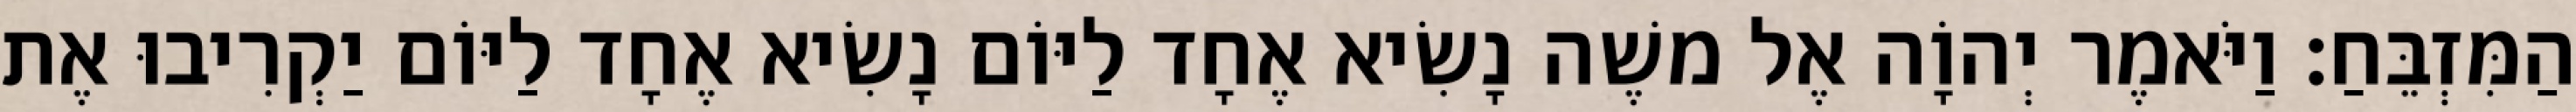
הַמִּזְבֵּחַ׃ וַיֹּאמֶר יְהוָֹה אֶל משֶׁה נָשִׂיא אֶחָד לַיּוֹם נָשִׂיא אֶחָד לַיּוֹם יַקְרִיבוּ אֶת